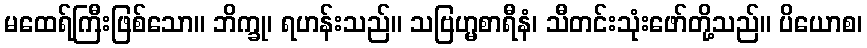
မထေရ်ကြီးဖြစ်သော။ ဘိက္ခု၊ ရဟန်းသည်။ သဗြဟ္မစာရီနံ၊ သီတင်းသုံးဖော်တို့သည်။ ပိယောစ၊